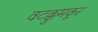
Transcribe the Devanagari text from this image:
वटक्कुमकूर